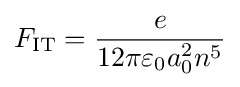
F_{\text{IT}}={\dfrac {e}{12\pi \varepsilon _{0}a_{0}^{2}n^{5}}}